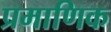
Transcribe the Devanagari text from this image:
प्रमाणिक